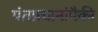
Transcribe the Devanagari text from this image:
पंतप्रधानांपैकी